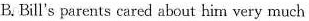
B. Bill's parents cared about him very much